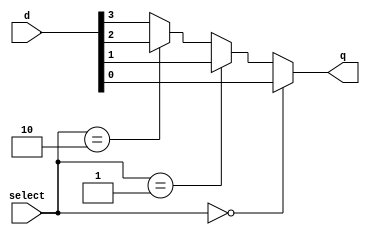
module mux_cond( select, d, q );

input[1:0] select;
input[3:0] d;
output q;

wire q;
wire[1:0] select;
wire[3:0] d;

assign q = ( select == 0 )? d[0] : ( select == 1 )? d[1] : ( select == 2 )? d[2] : d[3];

endmodule